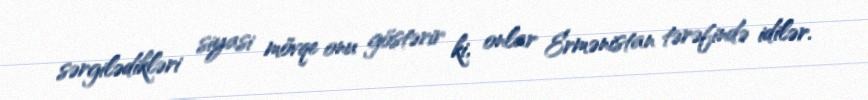
sərgilədikləri siyasi mövqe onu göstərir ki, onlar Ermənistan tərəfində idilər.